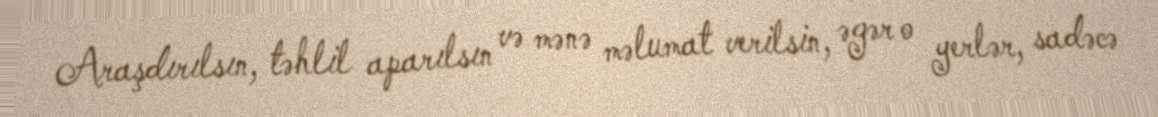
Araşdırılsın, təhlil aparılsın və mənə məlumat verilsin, əgər o yerlər, sadəcə